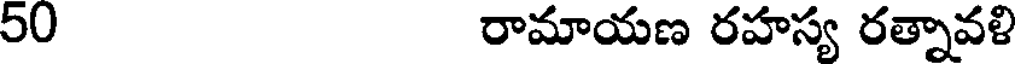
50 రామాయణ రహస్య రత్నావళి